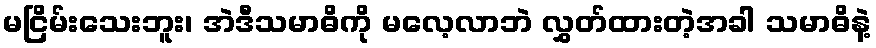
မငြိမ်းသေးဘူး၊ အဲဒီသမာဓိကို မလေ့လာဘဲ လွှတ်ထားတဲ့အခါ သမာဓိနဲ့